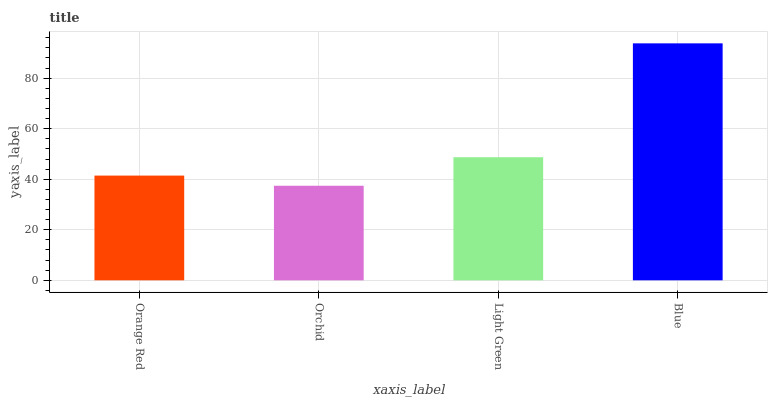
| xaxis_label | bars |
 | --- | --- |
 | Orange Red | 41.4 |
 | Orchid | 37.4 |
 | Light Green | 48.7 |
 | Blue | 93.8 |